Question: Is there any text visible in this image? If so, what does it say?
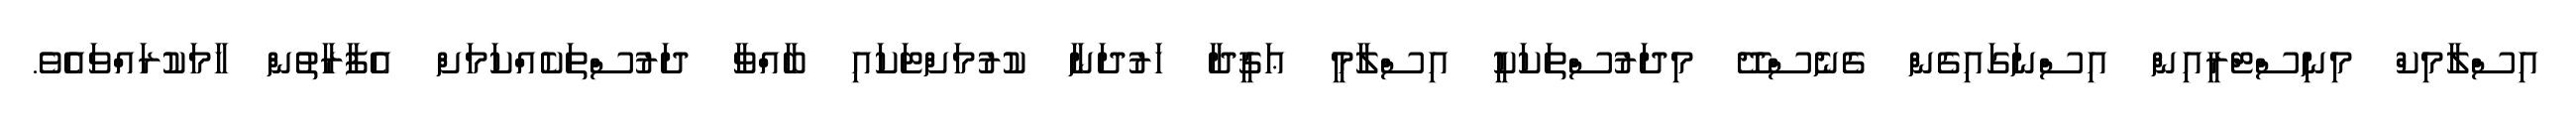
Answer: އިސްލާމިކް މިނިސްޓްރީއިން އިސްނަގައިގެން ގެނެސްދޭ މިދަރުސްތަކަކީ އިސްލާމީ ޢަޤީދާ ހަރުދަނާ ކުރުމަށްޓަކައި ބާއްވާ ދަރުސްތަކެއްކަމަށް އެފާރާތުން ހާމަކުރައްވައެވެ.